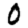
Digit: 0